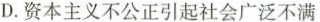
D.资本主义不公正引起社会广泛不满